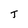
Character: T